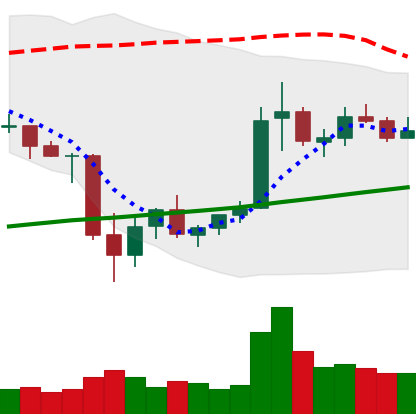
Ticker: ETC-USD
Chart end date: 2021-07-06
Forward return: -9.182%
Label: down_7plus